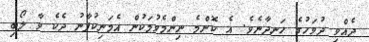
ދެއްވި ދުވަހުގެ ހަނދާނެވެ. އެ ކޮންމެ ނިންމެވުމަކުން އެމަނިކުފާނު ދެކެ ވާ ލޯބި